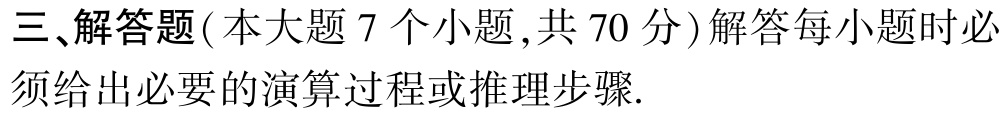
三、解答题(本大题 7 个小题 ,共 70 分)解答每小题时必须给出必要的演算过程或推理步骤.